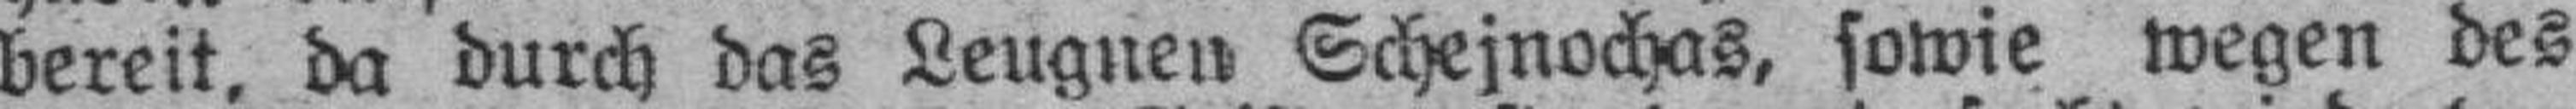
bereit, da durch das Leugnen Schejnochas, sowie wegen des